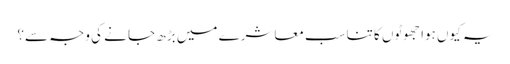
یہ کیوں ہوا جھوٹوں کا تناسب معاشرے میں بڑھ جا نے کی وجہ سے؟